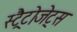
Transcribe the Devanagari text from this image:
स्ट्रैटोजेट्स